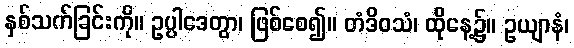
နှစ်သက်ခြင်းကို။ ဥပ္ပါဒေတွာ၊ ဖြစ်စေ၍။ တံဒိဝသံ၊ ထိုနေ့၌။ ဥယျာနံ၊